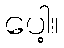
ပေါ့။